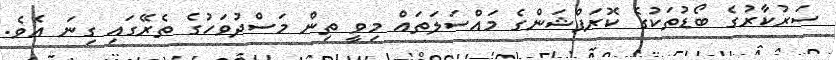
ސަރުކާރުގެ ބޯޑުތަކުގެ ކޮރަޕްޝަންގެ މައްސަލަތައް މިވީ ތިން މަސްދުވަހުގެ ތެރޭގައި ގިނަ އެވެ.